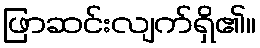
ဖြာဆင်းလျက်ရှိ၏။